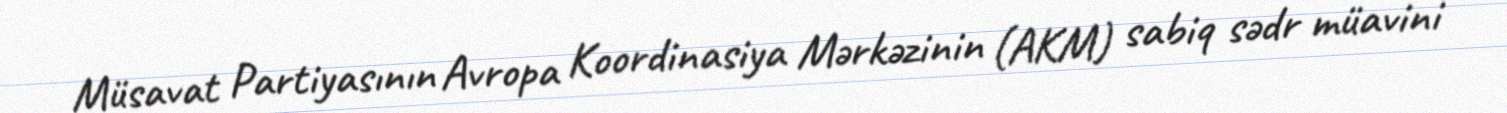
Müsavat Partiyasının Avropa Koordinasiya Mərkəzinin (AKM) sabiq sədr müavini